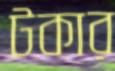
টকার